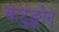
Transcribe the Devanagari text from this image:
कटुङ्कोन्